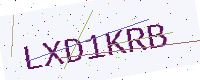
Text: LXD1KRB